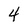
Character: 4